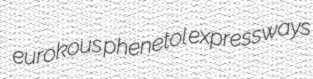
eurokous phenetol expressways